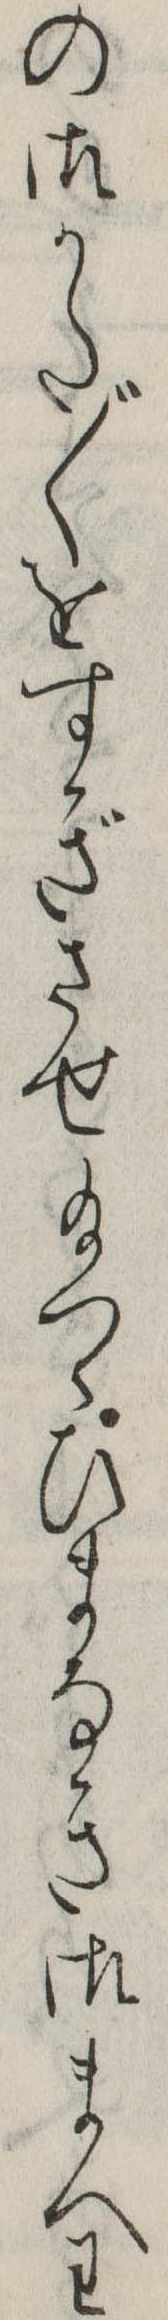
の御かた〲をすぎさせ給つゝひまなき御まへわ